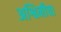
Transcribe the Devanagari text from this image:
अश्विनीचा